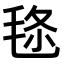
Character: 𣭬